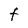
Character: t